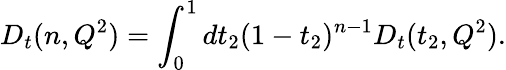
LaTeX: D_{t}(n,Q^{2})=\int_{0}^{1}dt_{2}(1-t_{2})^{n-1}D_{t}(t_{2},Q^{2}).